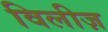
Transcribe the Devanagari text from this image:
विलीज़